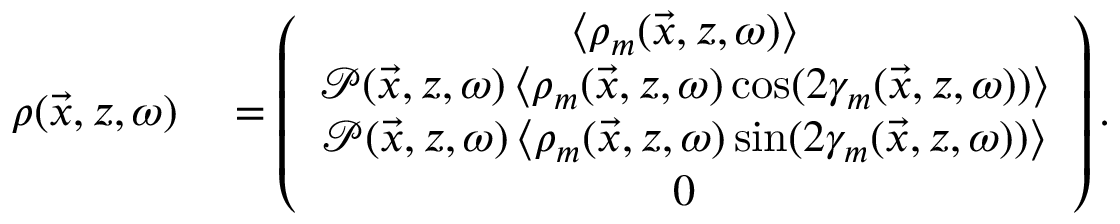
\begin{array} { r l } { \boldsymbol { \rho } ( \vec { x } , z , \omega ) } & { { } = \left( \begin{array} { c } { \left\langle \rho _ { m } ( \vec { x } , z , \omega ) \right\rangle } \\ { \mathcal { P } ( \vec { x } , z , \omega ) \left\langle \rho _ { m } ( \vec { x } , z , \omega ) \cos ( 2 \gamma _ { m } ( \vec { x } , z , \omega ) ) \right\rangle } \\ { \mathcal { P } ( \vec { x } , z , \omega ) \left\langle \rho _ { m } ( \vec { x } , z , \omega ) \sin ( 2 \gamma _ { m } ( \vec { x } , z , \omega ) ) \right\rangle } \\ { 0 } \end{array} \right) . } \end{array}